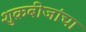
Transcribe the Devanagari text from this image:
शुक्रबीजांचा